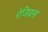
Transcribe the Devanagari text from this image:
रेजियस